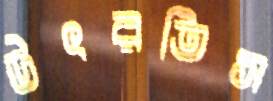
উৎরতিস